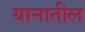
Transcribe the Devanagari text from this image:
यानातील